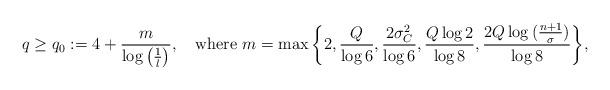
LaTeX: \begin{align*}q\geq q_0:=4+\frac{m}{\log{\left(\frac{1}{\l}\right)}},\quad\mbox{where }m=\max{\left\{2,\frac{Q}{\log{6}},\frac{2\sigma_C^2}{\log{6}},\frac{Q\log{2}}{\log{8}},\frac{2Q\log{(\frac{n+1}{\sigma})}}{\log{8}}\right\}},\end{align*}